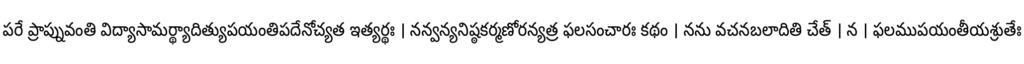
పరే ప్రాప్నువంతి విద్యాసామర్థ్యాదిత్యుపయంతిపదేనోచ్యత ఇత్యర్థః । నన్వన్యనిష్ఠకర్మణోరన్యత్ర ఫలసంచారః కథం । నను వచనబలాదితి చేత్ । న । ఫలముపయంతీయశ్రుతేః